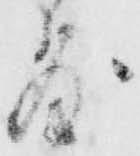
敷